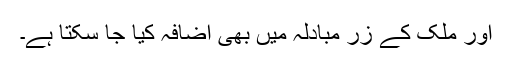
اور ملک کے زرِ مبادلہ میں بھی اضافہ کیا جا سکتا ہے۔